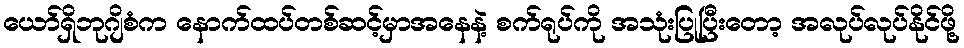
ယော်ရှိဘုဂျိစံက နောက်ထပ်တစ်ဆင့်မှာအနေနဲ့ စက်ရုပ်ကို အသုံးပြုပြီးတော့ အလုပ်လုပ်နိုင်ဖို့